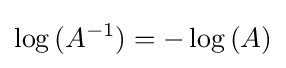
\log {(A^{-1})}=-\log {(A)}